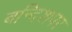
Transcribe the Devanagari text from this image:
बन्दिशपर